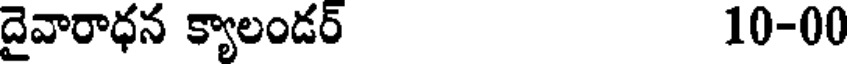
దైవారాధన క్యాలండర్ 10-00